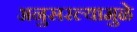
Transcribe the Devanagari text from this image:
अनुसरल्यामुळे